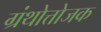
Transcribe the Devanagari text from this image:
ग्रंथोत्तोजक